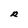
Character: R